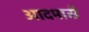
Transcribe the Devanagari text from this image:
आदमासे